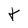
Character: t